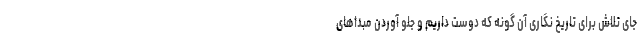
جای تلاش برای تاریخ نگاری آن گونه که دوست داریم و جلو آوردن مبداهای